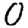
Digit: 0